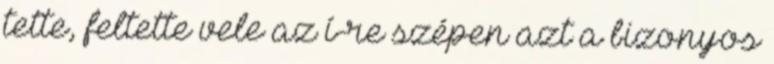
tette, feltette vele az í-re szépen azt a bizonyos